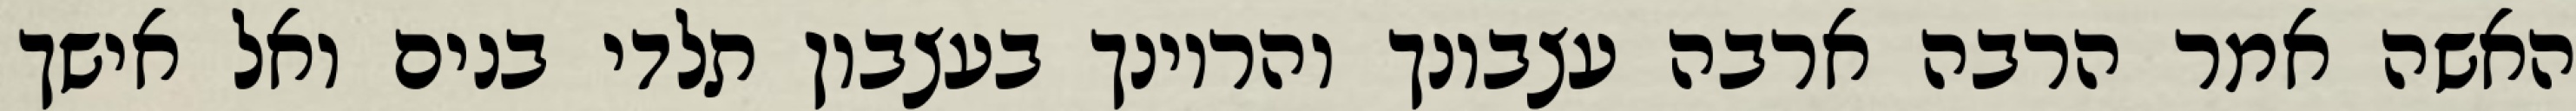
האשה אמר הרבה ארבה עצבונך והריונך בעצבון תלדי בנים ואל אישך